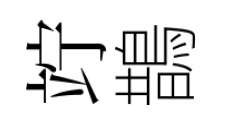
竚鵲